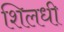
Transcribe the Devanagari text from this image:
शिलधी